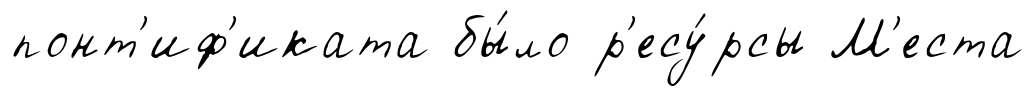
понт'иф'иката бы́ло р'есу́рсы М'еста